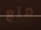
متع